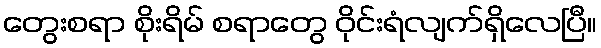
တွေးစရာ စိုးရိမ် စရာတွေ ဝိုင်းရံလျက်ရှိလေပြီ။